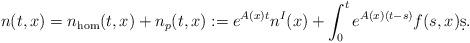
LaTeX: \begin{align*} n(t,x) = n_\mathrm{hom}(t,x) + n_p(t,x) := e^{A(x)t}n^I(x) + \int_0^t e^{A(x)(t-s)}f(s,x)\d s.\end{align*}